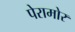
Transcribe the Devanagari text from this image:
पेरामोर